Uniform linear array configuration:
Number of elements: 64
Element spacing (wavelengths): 1
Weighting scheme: binomial
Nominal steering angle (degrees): -45
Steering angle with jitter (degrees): -45.432
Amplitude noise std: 0.05
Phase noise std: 0.05

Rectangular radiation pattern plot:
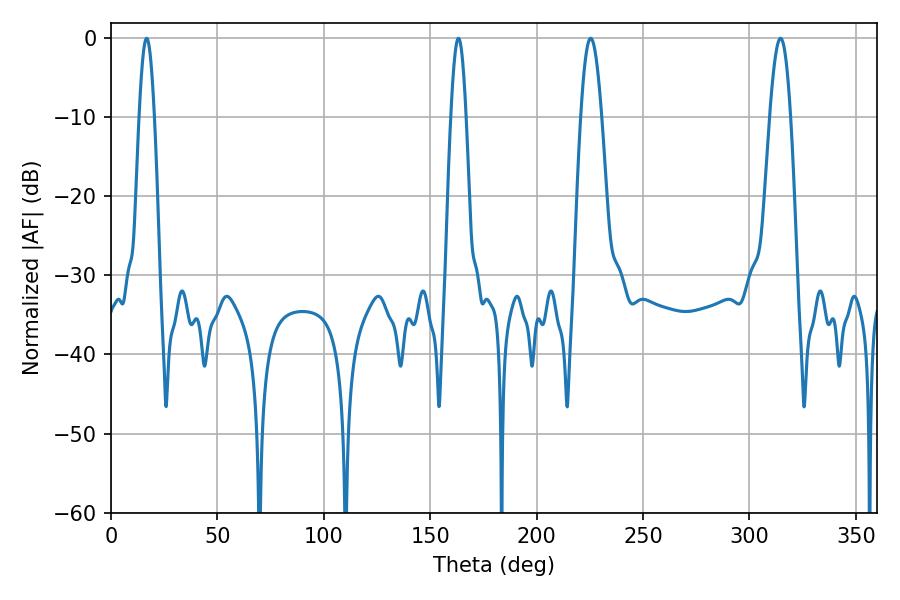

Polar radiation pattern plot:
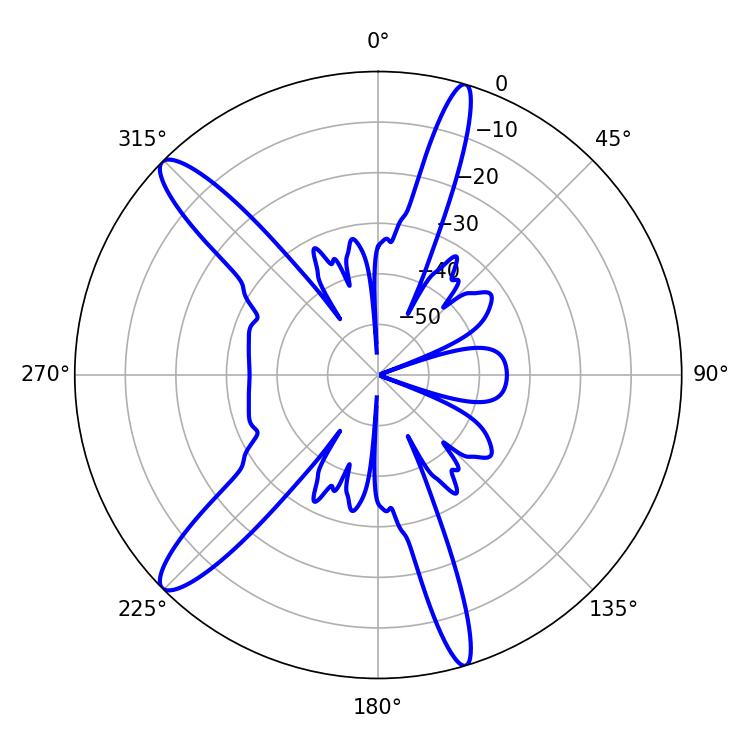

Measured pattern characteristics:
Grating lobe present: TRUE
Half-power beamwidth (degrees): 3.96
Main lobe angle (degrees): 16.74